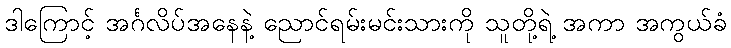
ဒါကြောင့် အင်္ဂလိပ်အနေနဲ့ ညောင်ရမ်းမင်းသားကို သူတို့ရဲ့ အကာ အကွယ်ခံ